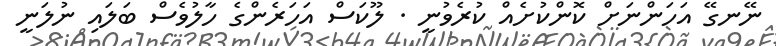
ނޭނގޭ އަހަންނަށް ކޮންކުށެއް ކުރެވުނީ . ލޫކަސް އަހަރެންގެ ހާލުވެސް ބަލައި ނުލަނީ